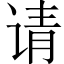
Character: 请